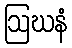
ဩဃနံ